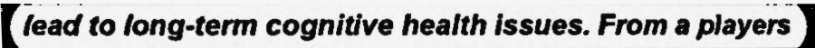
lead to long-term cognitive health issues. From a players